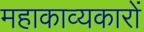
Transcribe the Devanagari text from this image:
महाकाव्यकारों